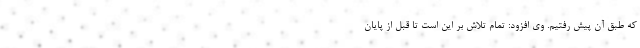
که طبق آن پیش رفتیم. وی افزود: تمام تلاش بر این است تا قبل از پایان